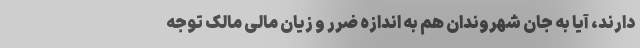
دارند، آیا به جان شهروندان هم به اندازه ضرر و زیان مالی مالک توجه